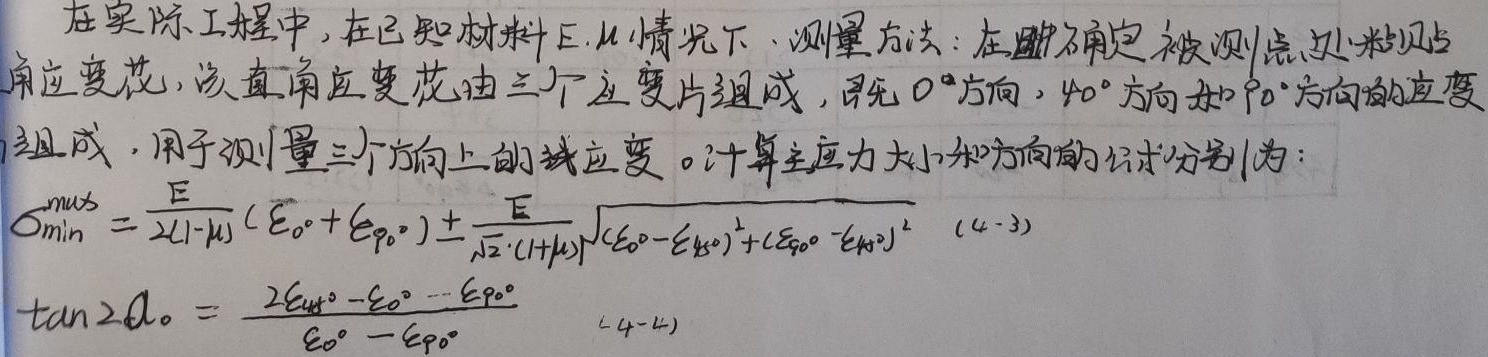
在实际工程中，在已知材料\(E\)，\(\mu\) 情况下，测量方法：在确定被测点处粘贴直角应变花，该直角应变花由三个应变片组成，即\(0^{\circ}\)方向，\(40^{\circ}\)方向和\(90^{\circ}\)方向的应变组成，用于测量三个方向上的线应变。计算主应力大小和方向的公式分别为：
\[
\sigma_{min}^{max} = \frac{E}{2(1 - \mu)} (\varepsilon_{0^{\circ}} + \varepsilon_{90^{\circ}}) \pm \frac{E}{\sqrt{2} \cdot (1 + \mu)}\sqrt{(\varepsilon_{0^{\circ}} - \varepsilon_{40^{\circ}})^2 + (\varepsilon_{90^{\circ}} - \varepsilon_{40^{\circ}})^2} \quad (4 - 3)
\]
\[
\tan 2\alpha_{0} = \frac{2\varepsilon_{40^{\circ}} - \varepsilon_{0^{\circ}} - \varepsilon_{90^{\circ}}}{\varepsilon_{0^{\circ}} - \varepsilon_{90^{\circ}}} \quad (4 - 4)
\]